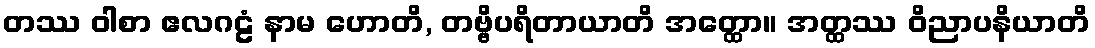
တဿ ဝါစာ ဧလဂဠံ နာမ ဟောတိ, တဗ္ဗိပရိတာယာတိ အတ္ထော။ အတ္ထဿ ဝိညာပနိယာတိ